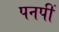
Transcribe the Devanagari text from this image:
पनपीं